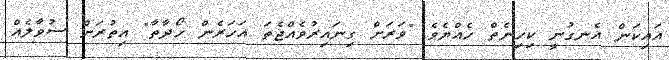
އައިކަން އެނގުނީ ކިހިނެތް ހެއްޔެވެ "ވަރަށް ގިނައިރުވެއްޖެތަ އަހަރެން ހޯދާތާ" އިތުރަށް ސުވާލެއް